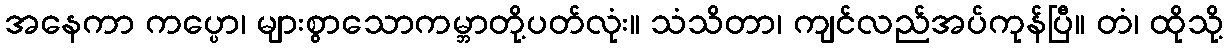
အနေကာ ကပ္ပော၊ များစွာသောကမ္ဘာတို့ပတ်လုံး။ သံသိတာ၊ ကျင်လည်အပ်ကုန်ပြီ။ တံ၊ ထိုသို့